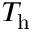
T _ { \mathrm { h } }